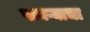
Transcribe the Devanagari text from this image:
पायऱ्याचा